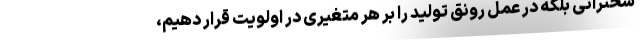
سخنرانی بلکه در عمل رونق تولید را بر هر متغیری در اولویت قرار دهیم،